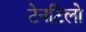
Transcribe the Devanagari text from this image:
टेनटिलो